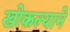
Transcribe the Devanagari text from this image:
खोकल्याने